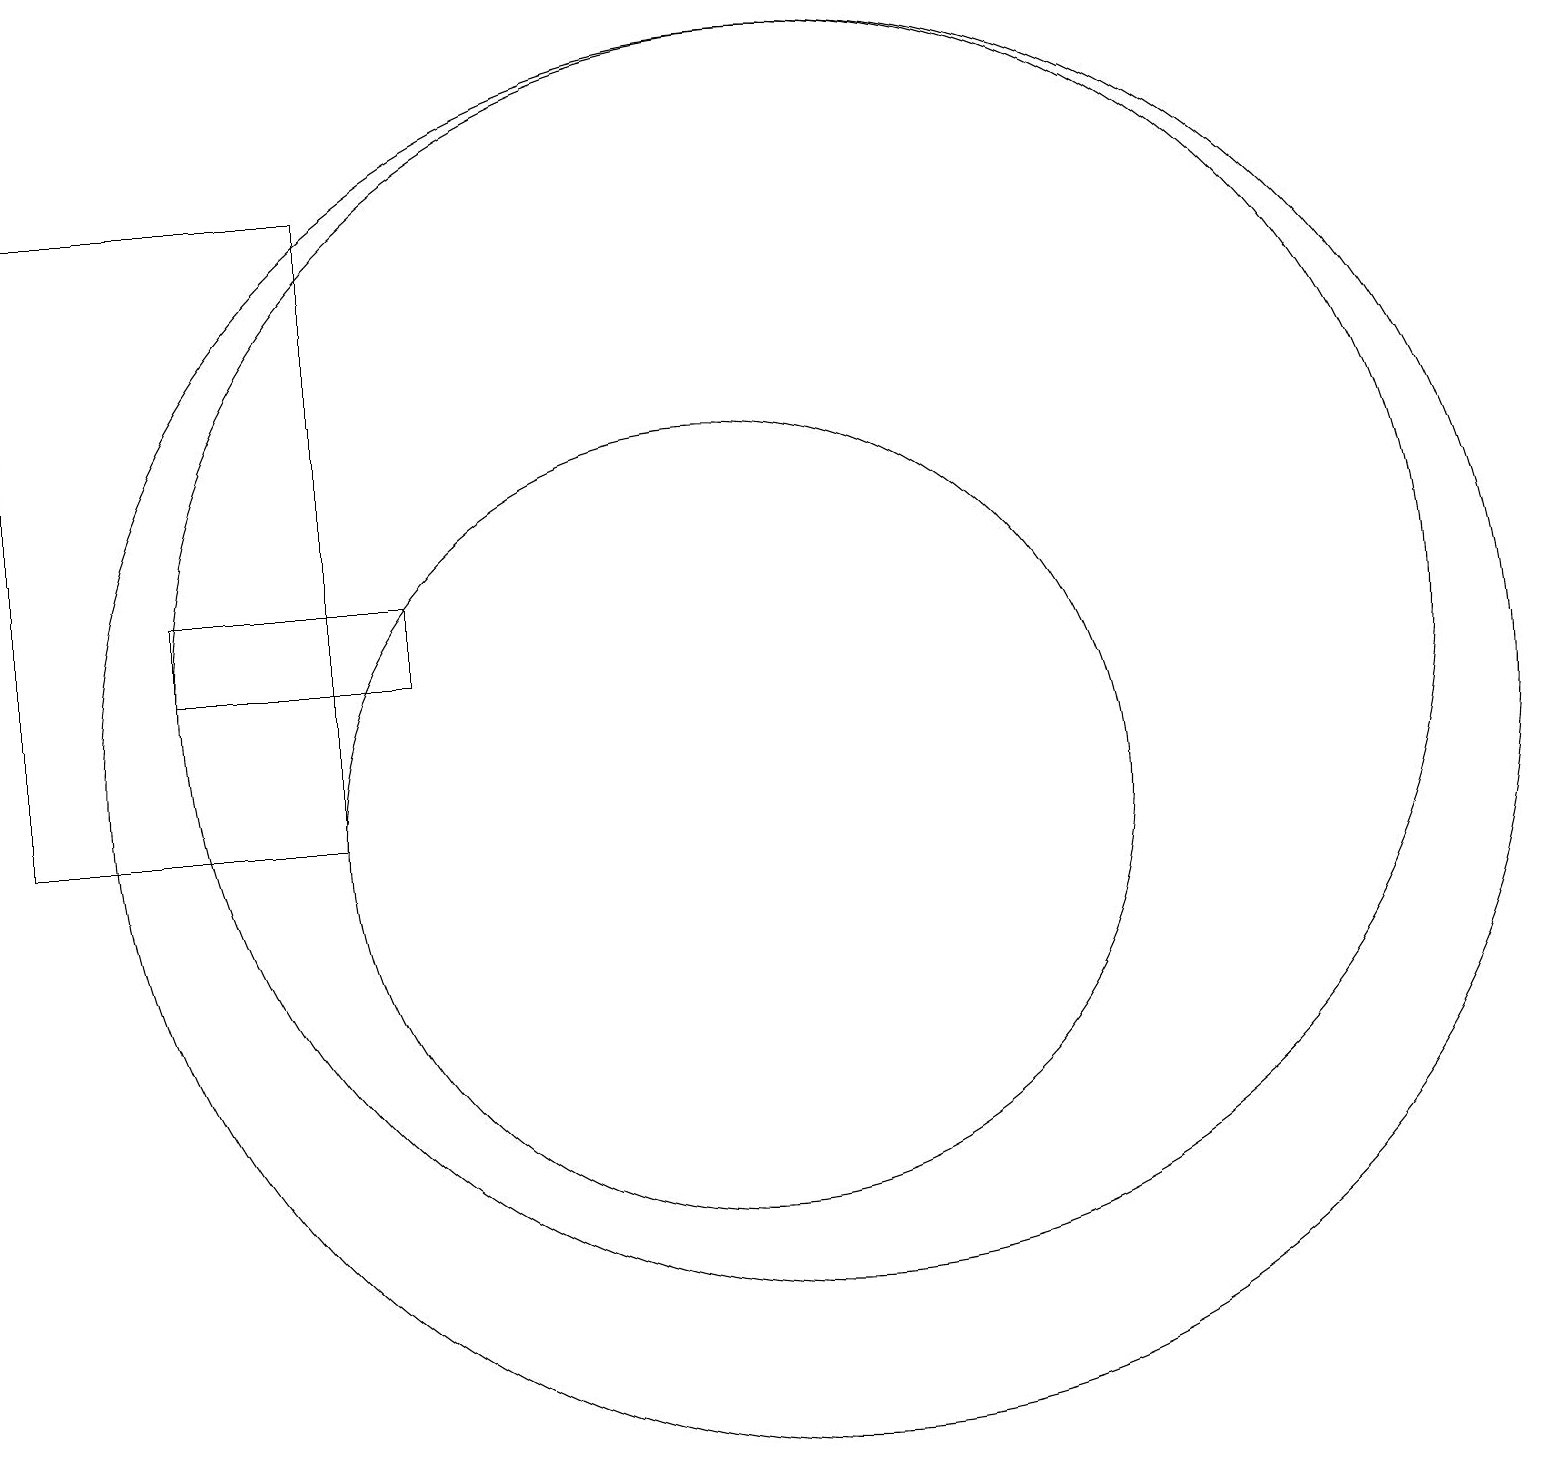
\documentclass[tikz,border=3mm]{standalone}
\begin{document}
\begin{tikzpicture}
\draw (11,12) circle (8);
\draw (5,18) rectangle (1,10);
\draw (10,10) circle (5);
\draw (11,11) circle (9);
\draw (3,12) rectangle (6,13);
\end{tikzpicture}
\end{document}